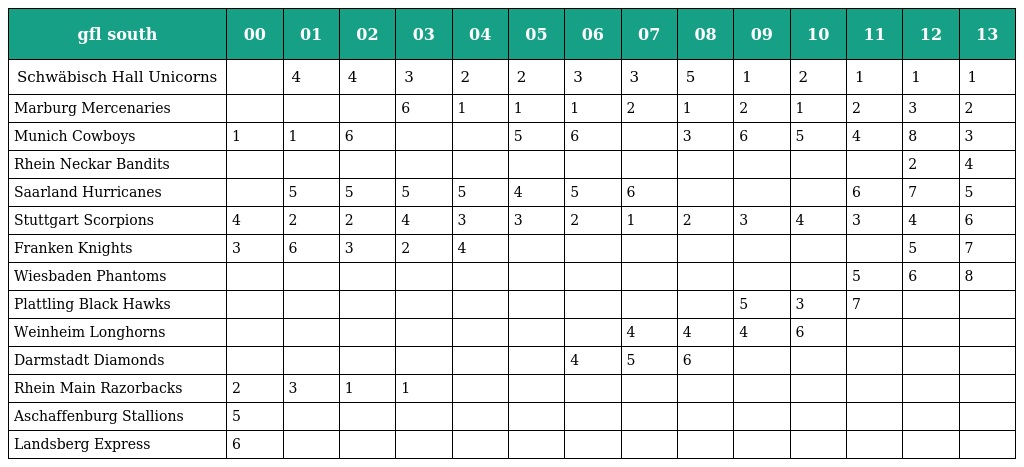
| gfl south | 00 | 01 | 02 | 03 | 04 | 05 | 06 | 07 | 08 | 09 | 10 | 11 | 12 | 13 |
 | --- | --- | --- | --- | --- | --- | --- | --- | --- | --- | --- | --- | --- | --- | --- |
 | Schwäbisch Hall Unicorns |  | 4 | 4 | 3 | 2 | 2 | 3 | 3 | 5 | 1 | 2 | 1 | 1 | 1 |
 | Marburg Mercenaries |  |  |  | 6 | 1 | 1 | 1 | 2 | 1 | 2 | 1 | 2 | 3 | 2 |
 | Munich Cowboys | 1 | 1 | 6 |  |  | 5 | 6 |  | 3 | 6 | 5 | 4 | 8 | 3 |
 | Rhein Neckar Bandits |  |  |  |  |  |  |  |  |  |  |  |  | 2 | 4 |
 | Saarland Hurricanes |  | 5 | 5 | 5 | 5 | 4 | 5 | 6 |  |  |  | 6 | 7 | 5 |
 | Stuttgart Scorpions | 4 | 2 | 2 | 4 | 3 | 3 | 2 | 1 | 2 | 3 | 4 | 3 | 4 | 6 |
 | Franken Knights | 3 | 6 | 3 | 2 | 4 |  |  |  |  |  |  |  | 5 | 7 |
 | Wiesbaden Phantoms |  |  |  |  |  |  |  |  |  |  |  | 5 | 6 | 8 |
 | Plattling Black Hawks |  |  |  |  |  |  |  |  |  | 5 | 3 | 7 |  |  |
 | Weinheim Longhorns |  |  |  |  |  |  |  | 4 | 4 | 4 | 6 |  |  |  |
 | Darmstadt Diamonds |  |  |  |  |  |  | 4 | 5 | 6 |  |  |  |  |  |
 | Rhein Main Razorbacks | 2 | 3 | 1 | 1 |  |  |  |  |  |  |  |  |  |  |
 | Aschaffenburg Stallions | 5 |  |  |  |  |  |  |  |  |  |  |  |  |  |
 | Landsberg Express | 6 |  |  |  |  |  |  |  |  |  |  |  |  |  |